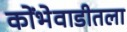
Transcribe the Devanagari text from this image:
कोंभेवाडीतला